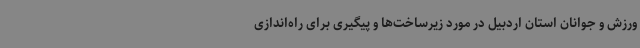
ورزش و جوانان استان اردبیل در مورد زیرساخت‌ها و پیگیری برای راه‌اندازی